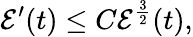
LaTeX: \mathcal{E}^{\prime}(t)\leq C\mathcal{E}^{\frac{3}{2}}(t),